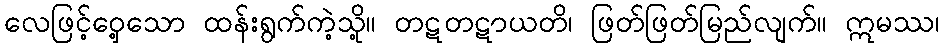
လေဖြင့်ဝှေ့သော ထန်းရွက်ကဲ့သို့။ တဋတဋာယတိ၊ ဖြတ်ဖြတ်မြည်လျက်။ ဣမဿ၊